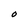
Character: o